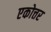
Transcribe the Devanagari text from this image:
एकोत्तर